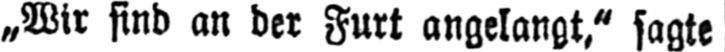
„Wir sind an der Furt angelangt,“ sagte